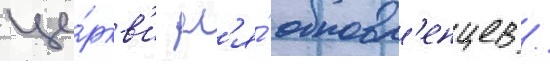
це́ркв'и дл'я́ обновл'енцев /